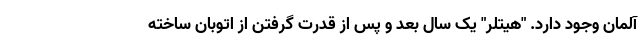
آلمان وجود دارد. "هیتلر" یک سال بعد و پس از قدرت گرفتن از اتوبان ساخته